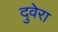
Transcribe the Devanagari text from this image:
दुवेरा